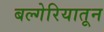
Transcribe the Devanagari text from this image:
बल्गेरियातून